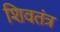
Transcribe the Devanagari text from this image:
शिवतंत्र